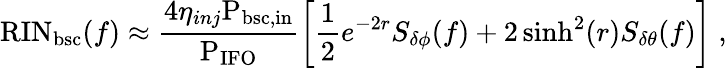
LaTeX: \mathrm{RIN}_{\mathrm{bsc}}(f)\approx\frac{4\eta_{inj}\mathrm{P_{\textup{bsc,in}}}}{\mathrm{P_{\textup{IFO}}}}\left[\frac{1}{2}e^{-2r}S_{\delta\phi}(f)+2\sinh^{2}(r)S_{\delta\theta}(f)\right]\; ,